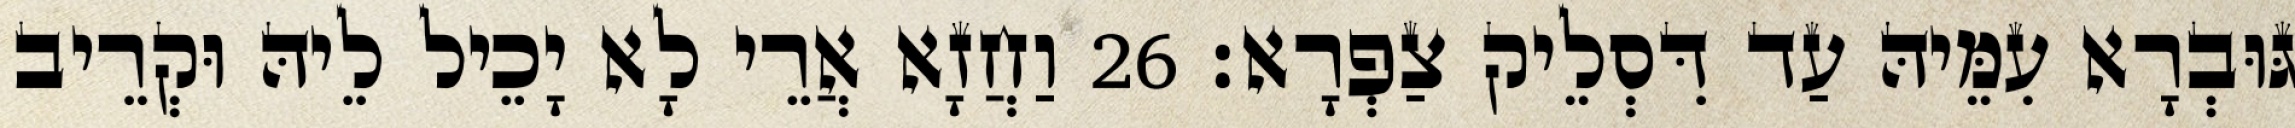
גּוּבְרָא עִמֵּיהּ עַד דִּסְלֵיק צַפְרָא׃ 26 וַחֲזָא אֲרֵי לָא יָכֵיל לֵיהּ וּקְרֵיב